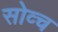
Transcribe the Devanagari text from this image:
सोव्च